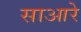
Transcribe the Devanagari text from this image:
साआरे